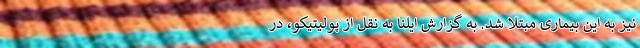
نیز به این بیماری مبتلا شد. به گزارش ایلنا به نقل از پولیتیکو، در